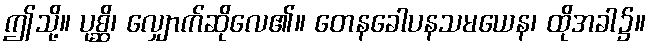
ဤသို့။ ပုစ္ဆိ၊ လျှောက်ဆိုလေ၏။ တေနခေါပနသမယေန၊ ထိုအခါ၌။